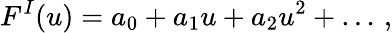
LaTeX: F^{I}(u)=a_{0}+a_{1}u+a_{2}u^{2}+\dots\, ,